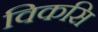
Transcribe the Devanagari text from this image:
विकसि